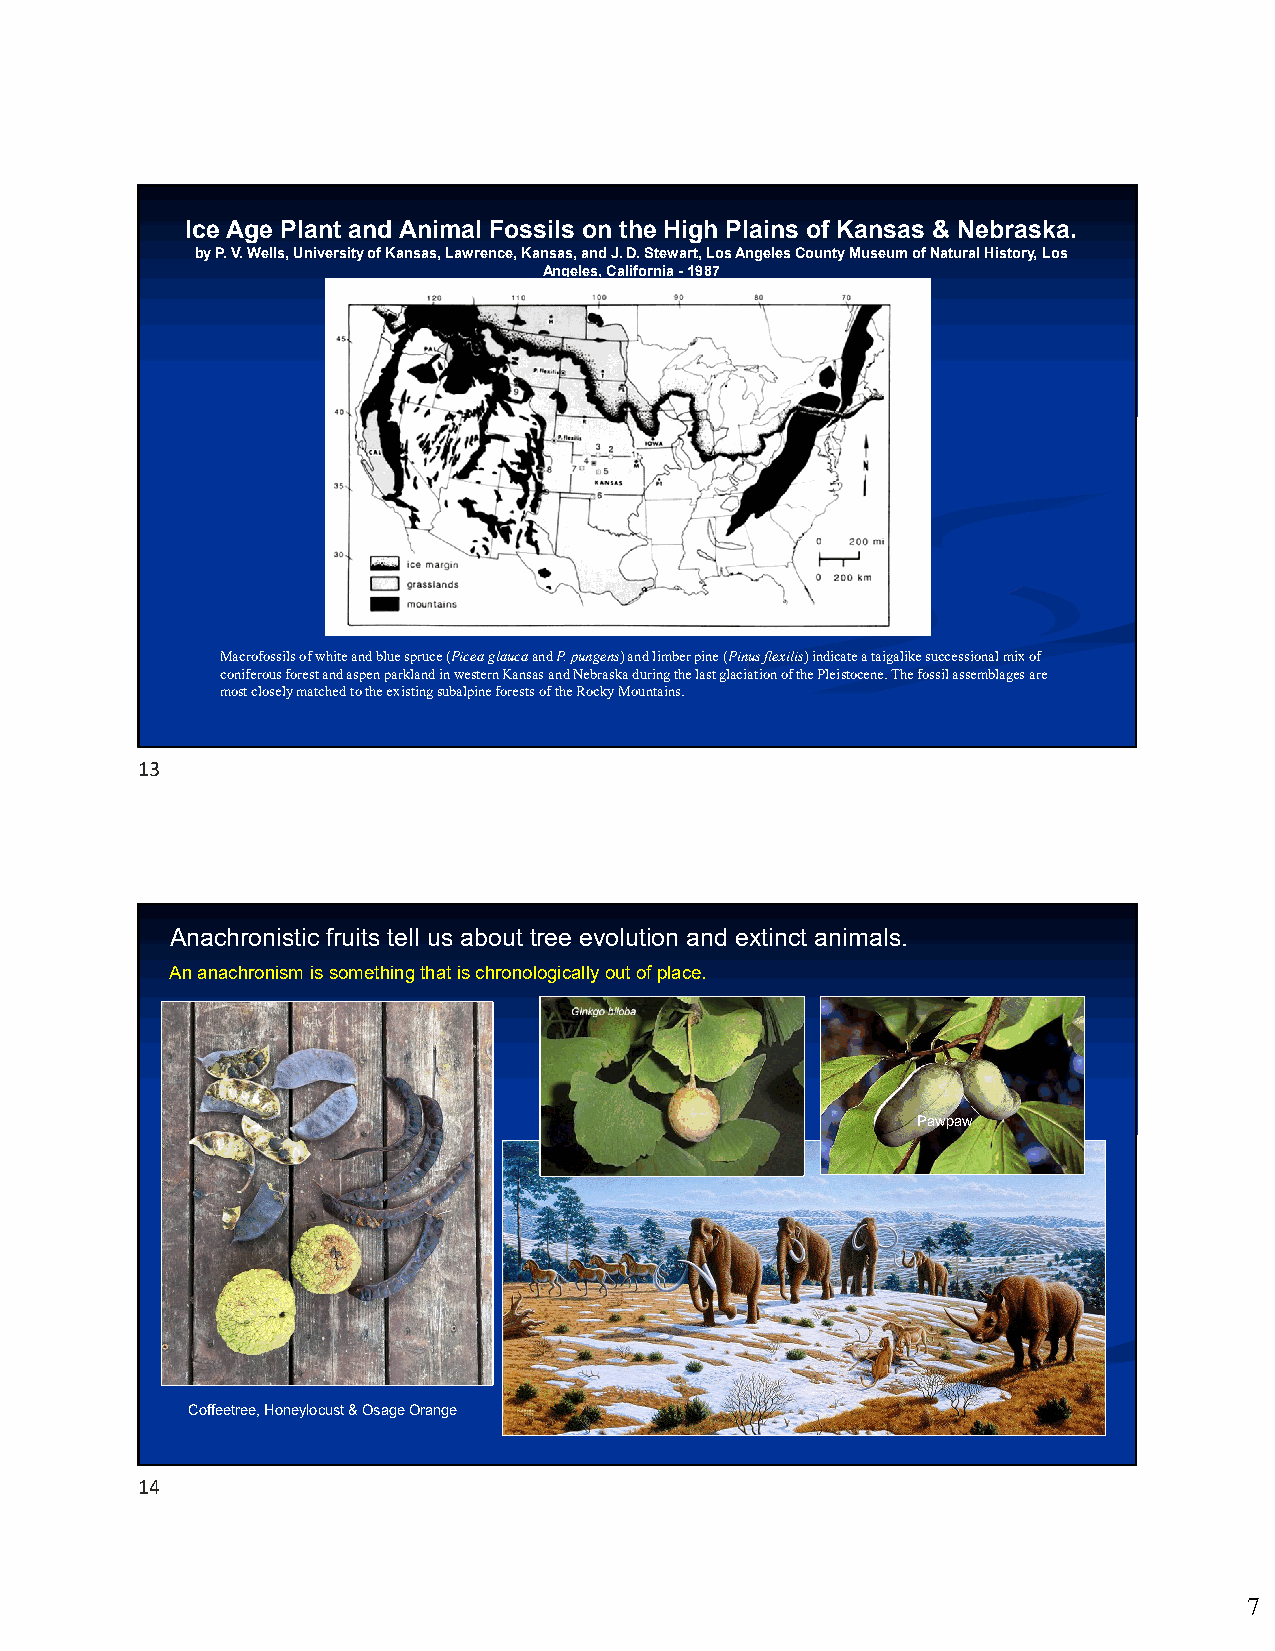
Ice Age Plant and Animal Fossils on the High Plains of Kansas & Nebraska.
 by P. V. Wells, University of Kansas, Lawrence, Kansas, and J. D. Stewart, Los Angeles County Museum of Natural History, Los
 Angeles, California -1987
 Macrofossils of white and blue spruce (PiceaglaucaandP. pungens) and limber pine (Pinus flexilis) indicate a taigalikesuccessional mix of
 coniferous forest and aspen parkland in western Kansas and Nebraska during the last glaciation of the Pleistocene. The fossilassemblages are
 most closely matched to the existing subalpine forests of the Rocky Mountains.
 13
 Anachronistic fruits tell us about tree evolution and extinct animals.
 An anachronism is something that is chronologically out of place.
 Pawpaw
 Coffeetree, Honeylocust & Osage Orange
 14
 7